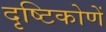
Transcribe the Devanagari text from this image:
दृष्टिकोणें